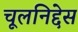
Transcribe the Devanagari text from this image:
चूलनिद्देस